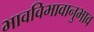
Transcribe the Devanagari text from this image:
भावविभावानुभाव